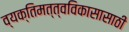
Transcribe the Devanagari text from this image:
व्यक्तिमत्त्वविकासासाठी